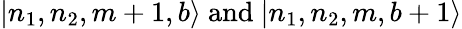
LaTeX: |n_{1},n_{2},m+1,b\rangle~\textrm{and}~|n_{1},n_{2},m,b+1\rangle